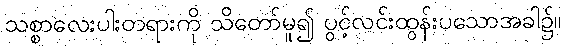
သစ္စာလေးပါးတရားကို သိတော်မူ၍ ပွင့်လင်းထွန်းပသောအခါ၌။